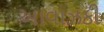
આવાઝકી